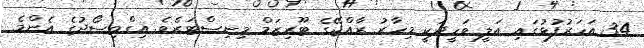
34 އަހަރުފުޅުގައި އަލީ ވަހީދަކީ މިހާރު ރާއްޖޭގެ ޓޫރިޒަމް މިނިސްޓަރެވެ. އިގްތިސޯދުގެ އެންމެ